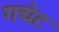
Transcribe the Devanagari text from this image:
गचेट